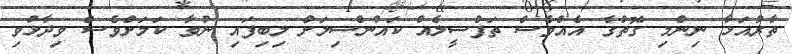
ތާރުއަޅާ ނިންމި ގޮތުގެ އެއްވެސް ތަފްސީލެއް ކައުންސިލަށް ލިބިފައި ނުވާ ކަމަށްވެސް ވިދާޅުވި